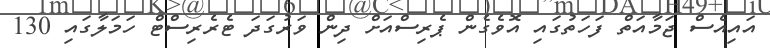
އައިއެސް ޖަމާއަތް ފަހަތުގައި އޮވެގެން ޕެރިސްއަށް ދިން ވަރުގަދަ ޓެރެރިސްޓް ހަމަލާގައި 130